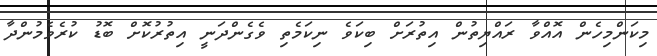
މިކަންމިހެން އޮއްވާ ރައްޔިތުން އިތުރަށް ބިކަވެ ނިކަމެތި ވެގެންދަނީ އިތުރުކޮށް ބޮޑު ކުރެވެމުންދާ